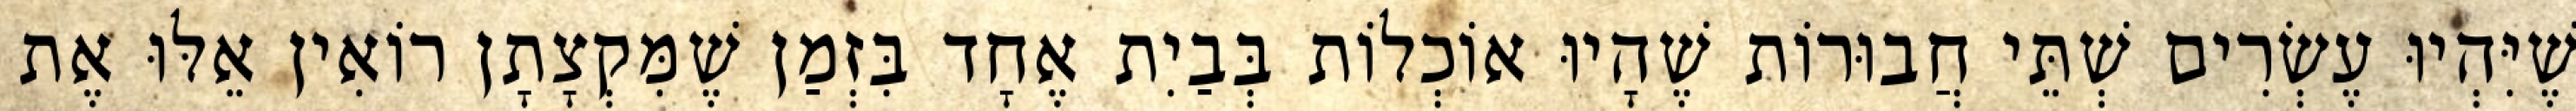
שֶׁיִּהְיוּ עֶשְׂרִים שְׁתֵּי חֲבוּרוֹת שֶׁהָיוּ אוֹכְלוֹת בְּבַיִת אֶחָד בִּזְמַן שֶׁמִּקְצָתָן רוֹאִין אֵלּוּ אֶת